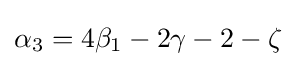
\alpha _{3}=4\beta _{1}-2\gamma -2-\zeta